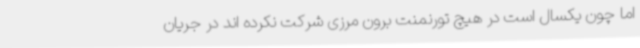
اما چون یکسال است در هیچ تورنمنت برون مرزی شرکت نکرده اند در جریان